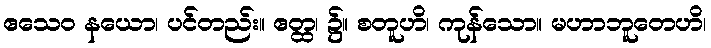
ဧသေဝ နယော၊ ပင်တည်း။ ဧတ္ထ၊ ၌။ စတူဟိ၊ ကုန်သော။ မဟာဘူတေဟိ၊